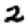
Digit: 2